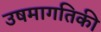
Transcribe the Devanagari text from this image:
उषमागतिकी